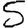
Digit: 5